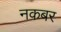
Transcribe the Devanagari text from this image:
नकबर